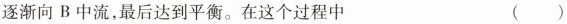
逐渐向B中流，最后达到平衡。在这个过程中 ( )